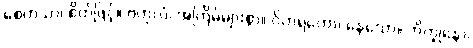
စေတသာ၊ စိတ်ဖြင့်။ ဗဟုလံ၊ အကြိမ်များစွာ။ ဝိဟရတော၊ နေသော။ ဘိက္ခုနော၊